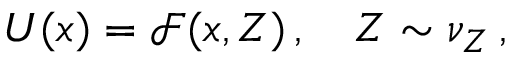
U ( \boldsymbol { x } ) = \mathcal { F } ( \boldsymbol { x } , Z ) \, , \quad Z \sim \nu _ { Z } \, ,